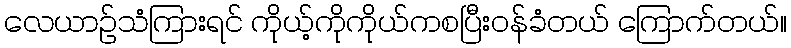
လေယာဥ်သံကြားရင် ကိုယ့်ကိုကိုယ်ကစပြီးဝန်ခံတယ် ကြောက်တယ်။